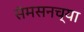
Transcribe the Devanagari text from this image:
सॅमसनच्या